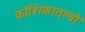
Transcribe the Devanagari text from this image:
कोशिकातत्वों